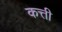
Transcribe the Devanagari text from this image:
कत्ती